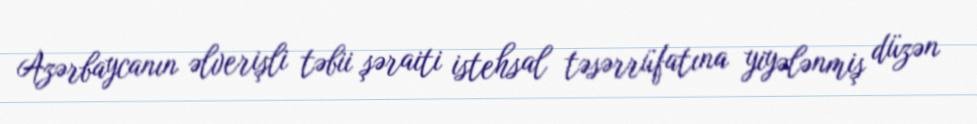
Azərbaycanın əlverişli təbii şəraiti istehsal təsərrüfatına yiyələnmiş düzən